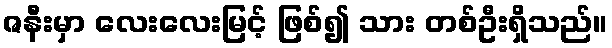
ဇနီးမှာ လေးလေးမြင့် ဖြစ်၍ သား တစ်ဦးရှိသည်။